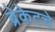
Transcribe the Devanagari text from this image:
ब्रेकेटचे